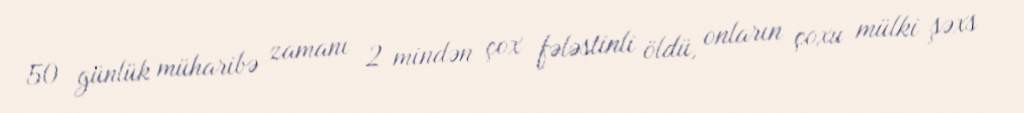
50 günlük müharibə zamanı 2 mindən çox fələstinli öldü, onların çoxu mülki şəxs